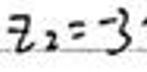
$z_{2}=-3$